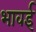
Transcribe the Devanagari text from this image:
भावई